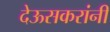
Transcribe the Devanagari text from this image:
देऊसकरांनी